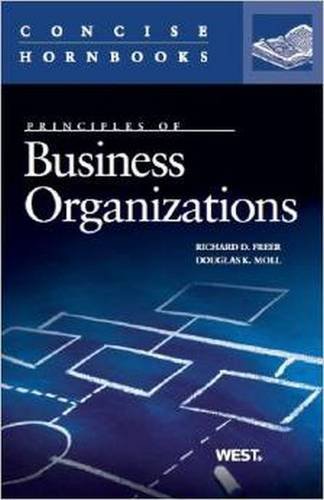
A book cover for Business Organizations (Concise Hornbook Series); Richard Freer; Law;